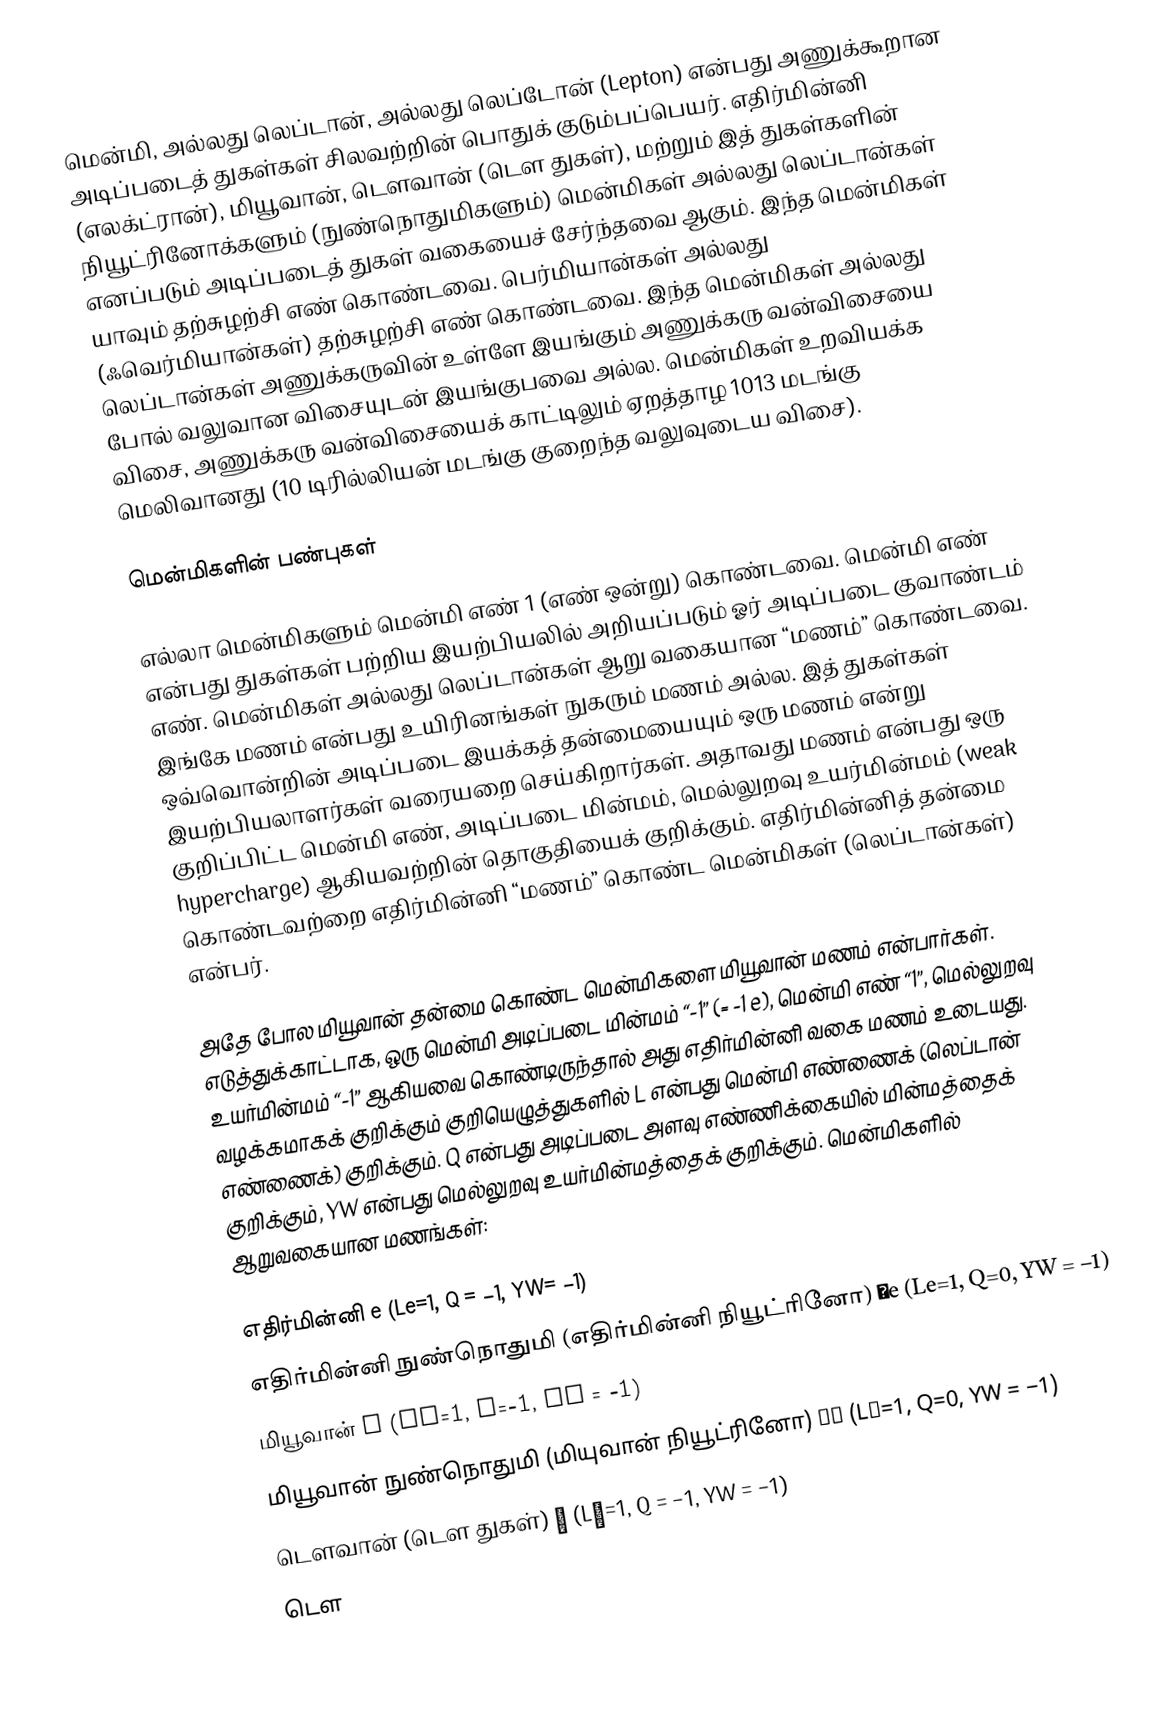
மென்மி, அல்லது லெப்டான், அல்லது லெப்டோன் (Lepton) என்பது அணுக்கூறான அடிப்படைத் துகள்கள் சிலவற்றின் பொதுக் குடும்பப்பெயர். எதிர்மின்னி (எலக்ட்ரான்), மியூவான், டௌவான் (டௌ துகள்), மற்றும் இத் துகள்களின் நியூட்ரினோக்களும்  (நுண்நொதுமிகளும்) மென்மிகள் அல்லது லெப்டான்கள் எனப்படும் அடிப்படைத் துகள் வகையைச் சேர்ந்தவை ஆகும். இந்த மென்மிகள் யாவும் தற்சுழற்சி எண்  கொண்டவை. பெர்மியான்கள் அல்லது (ஃவெர்மியான்கள்) தற்சுழற்சி எண்  கொண்டவை. இந்த மென்மிகள் அல்லது லெப்டான்கள் அணுக்கருவின் உள்ளே இயங்கும் அணுக்கரு வன்விசையை போல் வலுவான விசையுடன் இயங்குபவை அல்ல. மென்மிகள் உறவியக்க விசை, அணுக்கரு வன்விசையைக் காட்டிலும் ஏறத்தாழ 1013 மடங்கு மெலிவானது (10 டிரில்லியன் மடங்கு குறைந்த வலுவுடைய விசை).

மென்மிகளின் பண்புகள்

எல்லா மென்மிகளும் மென்மி எண் 1 (எண் ஒன்று) கொண்டவை. மென்மி எண் என்பது துகள்கள் பற்றிய இயற்பியலில் அறியப்படும் ஓர் அடிப்படை குவாண்டம் எண். மென்மிகள் அல்லது லெப்டான்கள் ஆறு வகையான “மணம்” கொண்டவை. இங்கே மணம் என்பது உயிரினங்கள் நுகரும் மணம் அல்ல. இத் துகள்கள் ஒவ்வொன்றின் அடிப்படை இயக்கத் தன்மையையும் ஒரு மணம் என்று இயற்பியலாளர்கள் வரையறை செய்கிறார்கள். அதாவது மணம் என்பது ஒரு குறிப்பிட்ட மென்மி எண், அடிப்படை மின்மம், மெல்லுறவு உயர்மின்மம் (weak hypercharge) ஆகியவற்றின் தொகுதியைக் குறிக்கும். எதிர்மின்னித் தன்மை கொண்டவற்றை எதிர்மின்னி “மணம்” கொண்ட மென்மிகள் (லெப்டான்கள்) என்பர்.

அதே போல மியூவான் தன்மை கொண்ட மென்மிகளை மியூவான் மணம் என்பார்கள். எடுத்துக்காட்டாக, ஒரு மென்மி அடிப்படை மின்மம் “-1” (= -1 e), மென்மி எண் “1”, மெல்லுறவு உயர்மின்மம் “-1” ஆகியவை கொண்டிருந்தால் அது எதிர்மின்னி வகை மணம் உடையது. வழக்கமாகக் குறிக்கும் குறியெழுத்துகளில் L என்பது மென்மி எண்ணைக் (லெப்டான் எண்ணைக்) குறிக்கும். Q என்பது அடிப்படை அளவு எண்ணிக்கையில் மின்மத்தைக் குறிக்கும், YW என்பது மெல்லுறவு உயர்மின்மத்தைக் குறிக்கும். மென்மிகளில் ஆறுவகையான  மணங்கள்:

எதிர்மின்னி e (Le=1, Q = −1, YW= −1)
எதிர்மின்னி நுண்நொதுமி (எதிர்மின்னி நியூட்ரினோ) νe (Le=1, Q=0, YW = −1)
மியூவான் μ (Lμ=1, Q=−1, YW = −1)
மியூவான் நுண்நொதுமி (மியுவான் நியூட்ரினோ) νμ (Lμ=1, Q=0, YW = −1)
டௌவான் (டௌ துகள்)  τ (Lτ=1, Q = −1, YW = −1)
டௌ